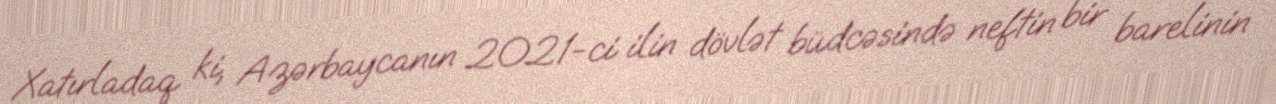
Xatırladaq ki, Azərbaycanın 2021-ci ilin dövlət büdcəsində neftin bir barelinin